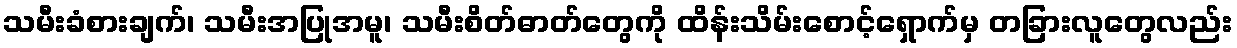
သမီးခံစားချက်၊ သမီးအပြုအမူ၊ သမီးစိတ်ဓာတ်တွေကို ထိန်းသိမ်းစောင့်ရှောက်မှ တခြားလူတွေလည်း